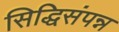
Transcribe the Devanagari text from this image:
सिद्धिसंपन्न